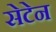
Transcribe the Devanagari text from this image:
सेटेन